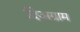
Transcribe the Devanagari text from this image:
दिअग्राम